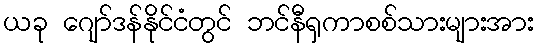
ယခု ဂျော်ဒန်နိုင်ငံတွင် ဘင်နီရှကာစစ်သားများအား